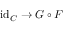
\operatorname { i d } _ { C } \to G \circ F